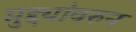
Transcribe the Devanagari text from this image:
मुद्द्यांवरुन